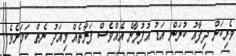
ވެރިކަން ދިފާއު ކުރަން އަޑު އުފުލާނެ އެއްވެސް ފަރާތެއް މިއަދު ނެތް ކަމަށެވެ.